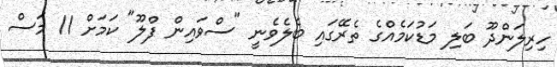
ހިރިލަންދޫ ބަލި މަޑުކަމެއްގެ ތެރޭގައި ބެލެވެނީ "ސްވައިން ފްލޫ" ކަމަށް 11 މަސް